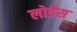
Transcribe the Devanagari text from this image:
लोर्डेस